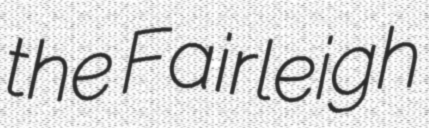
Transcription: the Fairleigh